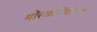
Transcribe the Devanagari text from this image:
गोरखचिंचेच्या